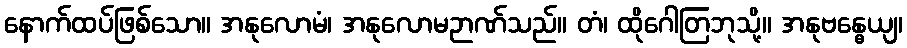
နောက်ထပ်ဖြစ်သော။ အနုလောမံ၊ အနုလောမဉာဏ်သည်။ တံ၊ ထိုဂေါတြဘုသို့။ အနုဗန္ဓေယျ၊